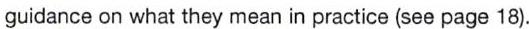
guidance on what they mean in practice (see page 18).